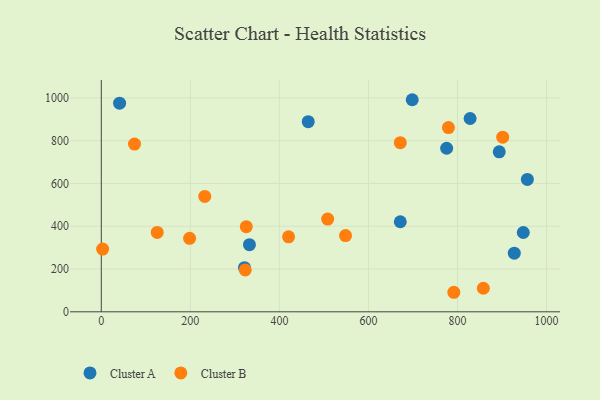
{"axis": {"x": "Ad Spend", "y": "Profit"}, "legend": ["Cluster A", "Cluster B"], "data": [{"x": "927.5", "y": 274.1, "type": "Cluster A"}, {"x": "41.1", "y": 975.1, "type": "Cluster A"}, {"x": "321.6", "y": 206.3, "type": "Cluster A"}, {"x": "671.5", "y": 420.9, "type": "Cluster A"}, {"x": "828.3", "y": 903.5, "type": "Cluster A"}, {"x": "698.3", "y": 991.3, "type": "Cluster A"}, {"x": "775.6", "y": 764.4, "type": "Cluster A"}, {"x": "947.7", "y": 370.7, "type": "Cluster A"}, {"x": "332.7", "y": 313.7, "type": "Cluster A"}, {"x": "893.7", "y": 747.6, "type": "Cluster A"}, {"x": "464.7", "y": 888.6, "type": "Cluster A"}, {"x": "956.9", "y": 618.9, "type": "Cluster A"}, {"x": "671.5", "y": 790.4, "type": "Cluster B"}, {"x": "420.6", "y": 350.3, "type": "Cluster B"}, {"x": "508.4", "y": 433.4, "type": "Cluster B"}, {"x": "3.0", "y": 293.1, "type": "Cluster B"}, {"x": "901.5", "y": 816.3, "type": "Cluster B"}, {"x": "323.3", "y": 195.7, "type": "Cluster B"}, {"x": "791.7", "y": 91.3, "type": "Cluster B"}, {"x": "198.3", "y": 343.3, "type": "Cluster B"}, {"x": "74.6", "y": 784.1, "type": "Cluster B"}, {"x": "779.6", "y": 861.2, "type": "Cluster B"}, {"x": "858.0", "y": 110.2, "type": "Cluster B"}, {"x": "232.4", "y": 539.4, "type": "Cluster B"}, {"x": "548.5", "y": 356.1, "type": "Cluster B"}, {"x": "325.6", "y": 397.7, "type": "Cluster B"}, {"x": "125.6", "y": 371.0, "type": "Cluster B"}]}